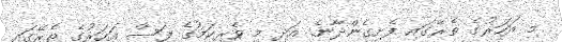
މި އަހަރުގެ ތެރޭގައި ފެށިގެންދާނެ. އަދި މި ވެރިކަމުގެ ފަސް އަހަރުގެ ތެރޭގައި